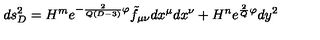
d s _ { D } ^ { 2 } = H ^ { m } e ^ { - \frac { 2 } { Q ( D - 3 ) } \varphi } \tilde { f } _ { \mu \nu } d x ^ { \mu } d x ^ { \nu } + H ^ { n } e ^ { \frac { 2 } { Q } \varphi } d y ^ { 2 }